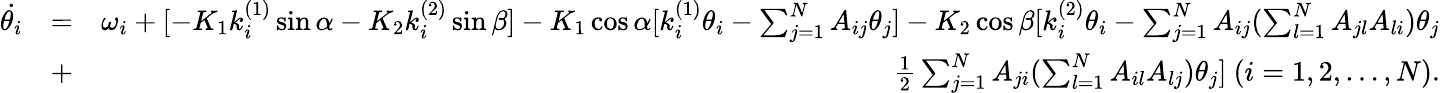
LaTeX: \begin{array}{rlr}{\dot{\theta_{i}}}&{=}&{\omega_{i}+[-K_{1}k_{i}^{(1)}\sin\alpha-K_{2}k_{i}^{(2)}\sin\beta]-K_{1}\cos\alpha[k_{i}^{(1)}\theta_{i}-\sum_{j=1}^{N}A_{ij}\theta_{j}]-K_{2}\cos\beta[k_{i}^{(2)}\theta_{i}-\sum_{j=1}^{N}A_{ij}(\sum_{l=1}^{N}A_{jl}A_{li})\theta_{j}}\\ &{+}&{\frac{1}{2}\sum_{j=1}^{N}A_{ji}(\sum_{l=1}^{N}A_{il}A_{lj})\theta_{j}]~(i=1,2,\dots,N).}\end{array}